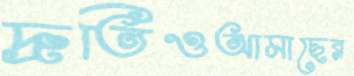
দ্রুতিওআমাছের